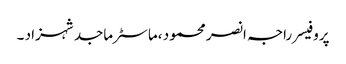
پروفیسر راجہ انصر محمود ،ماسٹر ماجد شہزاد ۔